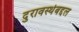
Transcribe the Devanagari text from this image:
दुरावस्थेबद्दल